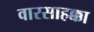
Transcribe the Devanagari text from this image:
वारसाहक्का